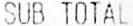
SUB TOTAL